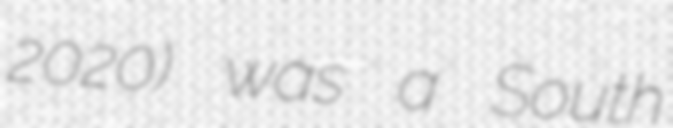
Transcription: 2020) was a South